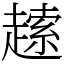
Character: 䞽